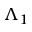
\Lambda _ { 1 }